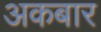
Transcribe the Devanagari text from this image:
अकबार